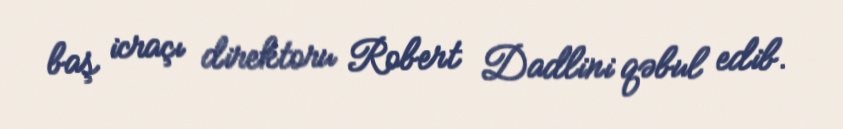
baş icraçı direktoru Robert Dadlini qəbul edib.